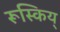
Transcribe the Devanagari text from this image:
रूस्किय्